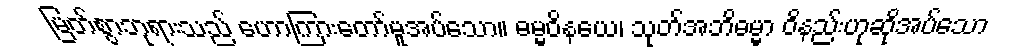
မြတ်စွာဘုရားသည် ဟောကြားတော်မူအပ်သော။ ဓမ္မဝိနယေ၊ သုတ်အဘိဓမ္မာ ဝိနည်းဟုဆိုအပ်သော